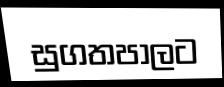
සුගතපාලට